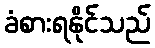
ခံစားရနိုင်သည်